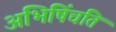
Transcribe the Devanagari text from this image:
अभिषिंचति